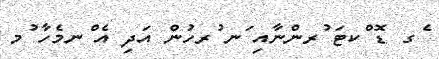
ެގ ޑޮ ްކޓަ ުރންނާއި ަނ ުރހުން އަދި އެ ްނމެހާ ުމ